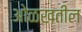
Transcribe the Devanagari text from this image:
ओळखतील